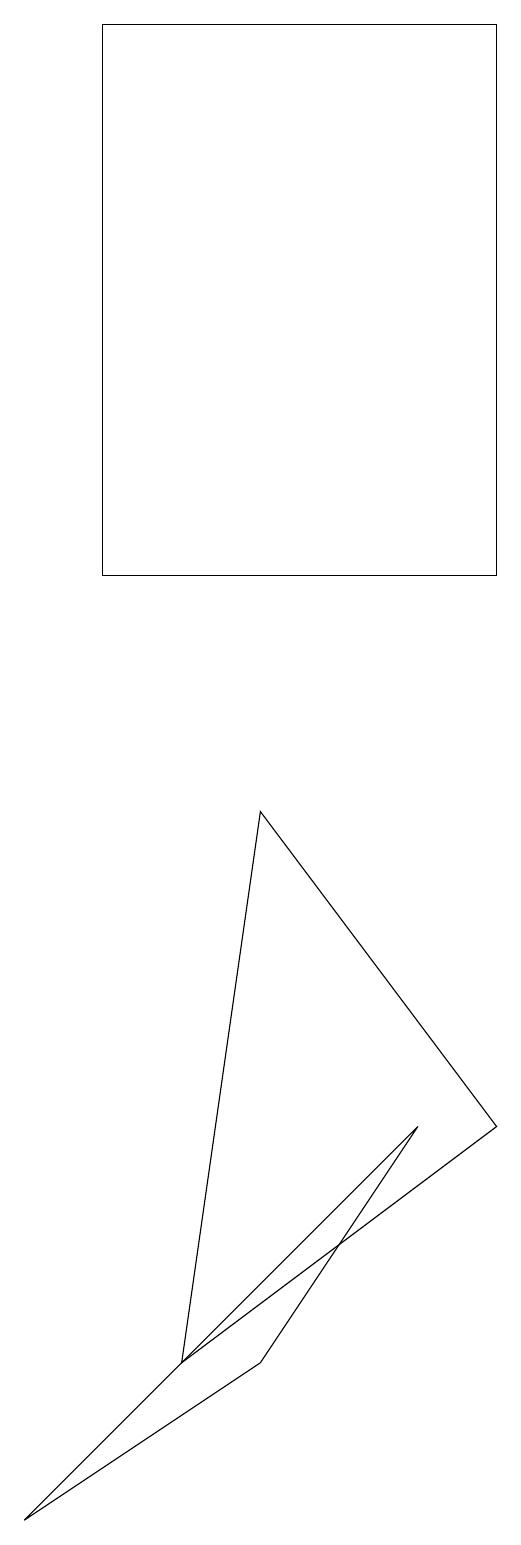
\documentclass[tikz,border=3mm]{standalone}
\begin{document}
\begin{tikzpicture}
\draw (5,5) -- (0,0) -- (3,2) -- cycle;
\draw (3,9) -- (6,5) -- (2,2) -- cycle;
\draw (6,12) rectangle (1,19);
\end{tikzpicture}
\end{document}